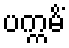
ပက္ကမိံ